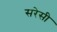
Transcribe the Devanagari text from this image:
सरेसी